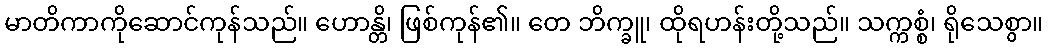
မာတိကာကိုဆောင်ကုန်သည်။ ဟောန္တိ၊ ဖြစ်ကုန်၏။ တေ ဘိက္ခူ၊ ထိုရဟန်းတို့သည်။ သက္ကစ္စံ၊ ရိုသေစွာ။